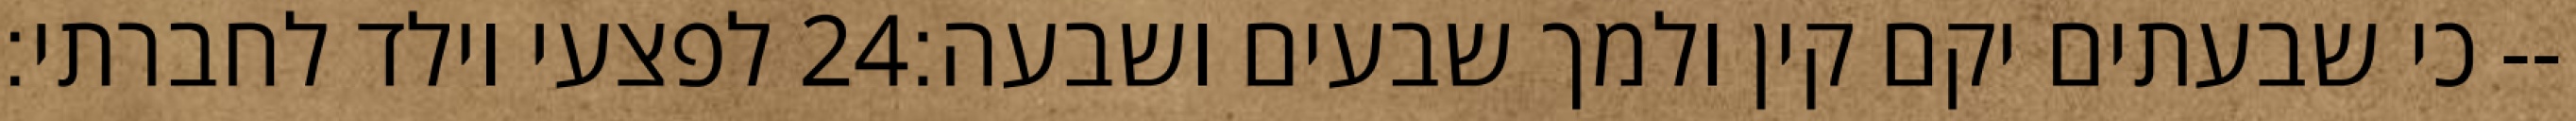
לפצעי וילד לחברתי׃ ‎24‏ כי שבעתים יקם קין ולמך שבעים ושבעה׃--